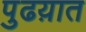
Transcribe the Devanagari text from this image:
पुढय़ात